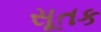
સૂતક